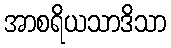
အာစရိယသာဒိသာ